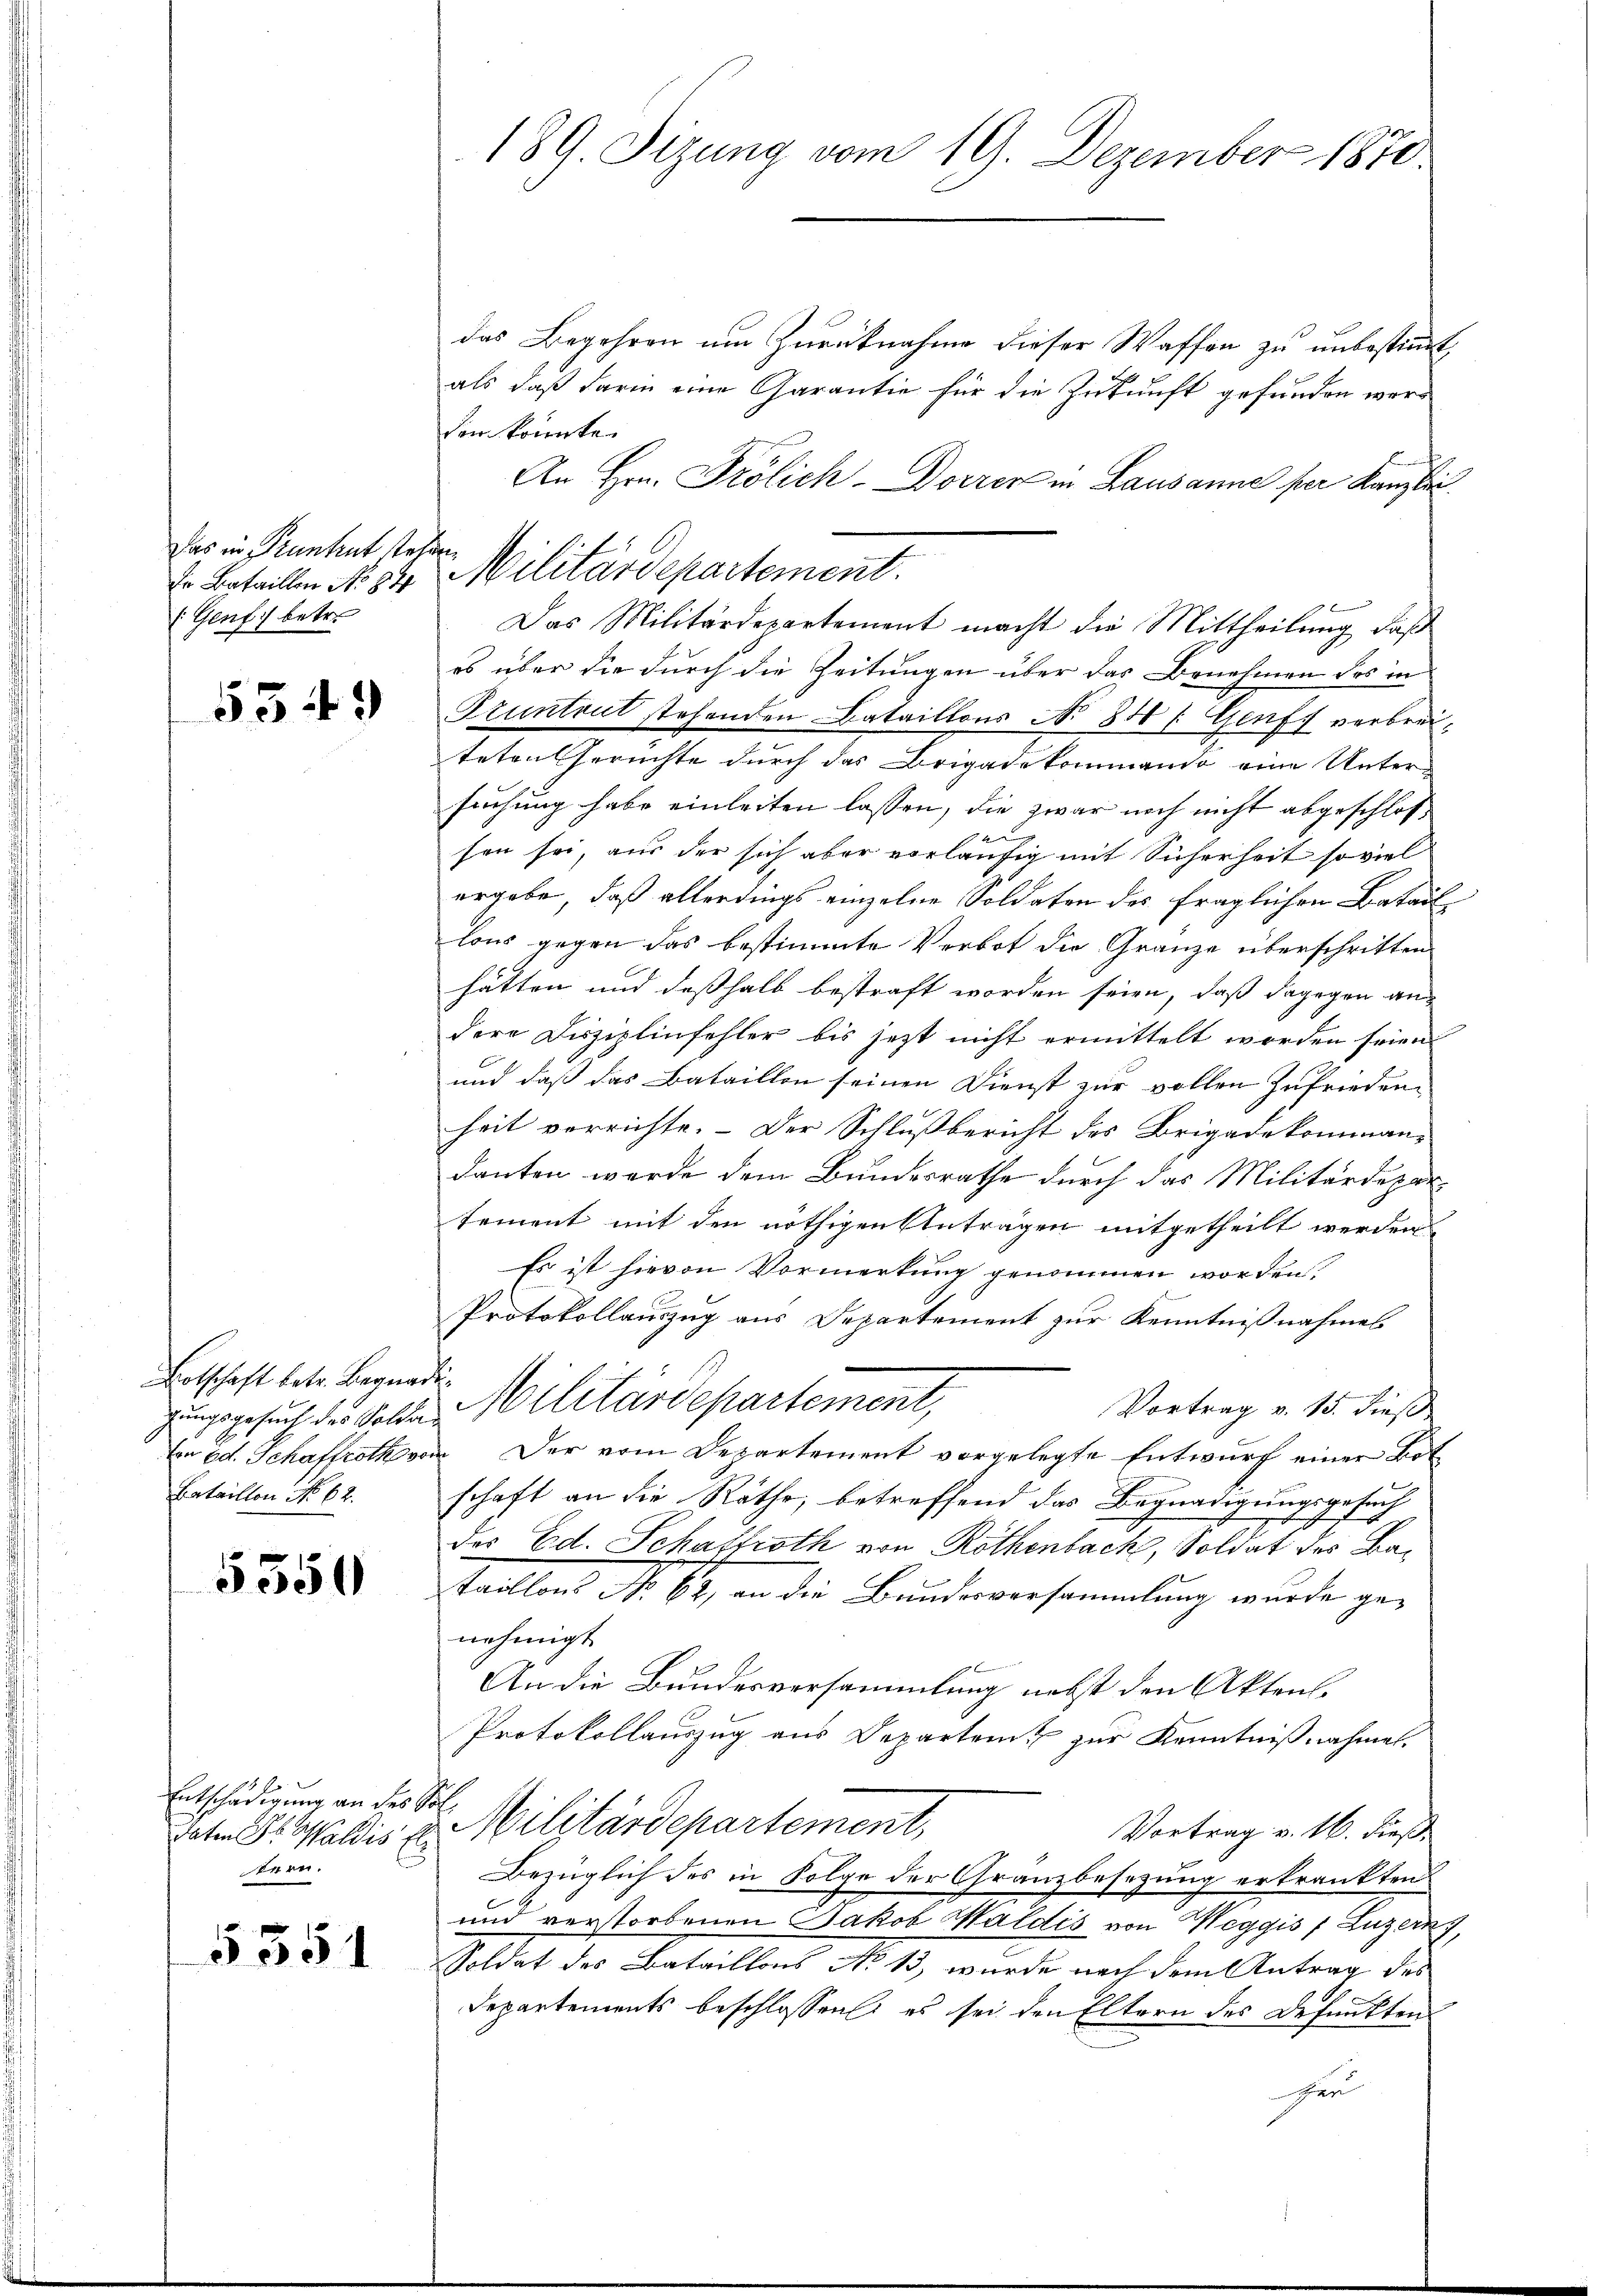
Das in Pruntrut stehen
Dr Bataillen No 84
(Genf) betr.

5349

Botschaft betr. Begnadig
Bataillon No. 62.

5550

Entschädigung an des
daten S. Waldis El
tern.

5351

189 Sizung vom 19. Dezember 1870.

Militärdepartement.

das Begehren um Zurücknahme dieser Waffen zu unbestimmt
als daß darin eine Garantie für die Zukunft gefunden werden könnte.
An Hrn. Prölich-Dorrer in Lausanne per Kanzlei
es über die durch die Zeitungen über das Benehmen des in
Fruntrut stehenden Bataillons No 840 l. Genf verbreiteten Gerichte durch das Brigadekommando eine Unter-
suchung habe einleiten lassen, die zwar noch nicht abgeschlosd
sen sei, aus der sich aber vorläufig mit Sicherheit so viel
ergabe, daß allerdings einzelne Soldaten des fraglichen Bataillons gegen das bestimmte Verbot die Gränze überschritten
hätten und desshalb bestraft worden seien, daß dagegen an
dere Disziplinfehler bis jetzt nicht ermittelt worden seien.
und daß das Bataillon seinen Dienst zur vollen Zufriedenheit verrichte. - Der Schlußbericht des Brigadekomman-
danten werde dem Bundesrathe durch das Militärdepartement mit den nöthigen Anträgen mitgetheilt werden
Es ist hievon Vormerkung genommen worden.
Protokollauszug aus Departement zur Kenntnißnahmes
Vortrag v. 15. dieß
rungsgesuch des Sohn Militärdepartement,
en od. Schaffroth von Der vom Departement vorgelegte Entwurf einer Bot
schaft an die Räthe, betreffend das Begnadigungsgesuch
des Ed. Schaftroth von Röthenbach, Soldat des Bataillons No 62, an die Bundesversammlung wurde genehmigt.
An die Bundesversammlung nebst den Akten.
Protokollauszug aus Departen zur Kenntnißnahmen.
.
u Militärdepartement,
Vortrag v. 16. dieß
Bezüglich des in Folge der Granzbesetzung erkrankten
und verstorbenen Jakob Haldis von Weggis / Luzern,
Soldat des Bataillons No 13, wurde nach dem Antrag des
Departements beschlossen, es sei den Eltern des Defunkten
en

Das Militärdepartement macht die Mittheilung, daß